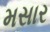
મસાર